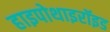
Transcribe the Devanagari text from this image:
हाइपोथाइरॉइड